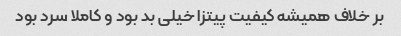
بر خلاف همیشه کیفیت پیتزا خیلی بد بود و کاملا سرد بود